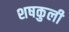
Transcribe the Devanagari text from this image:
शषकुली